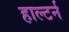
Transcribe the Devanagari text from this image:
हाल्टर्न